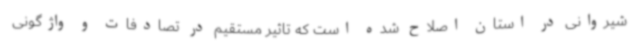
شیروانی در استان اصلاح شده است که تاثیر مستقیم در تصادفات و واژگونی